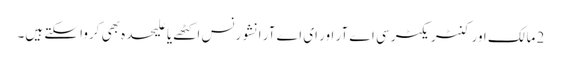
2 مالک اور کنٹریکٹر سی اے آر اور ای اے آر انشورنس اکٹھے یا علیحدہ بھی کروا سکتے ہیں۔